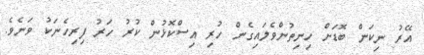
އޭރު ނިކަން ބޮޑަށް ހިނިތުންވެލައިގެން ހުރި އިސްކޮޅުން ކުރު ހަރު ފިރިހެނަކު ވަނެވެ.